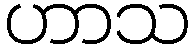
ဟာသ